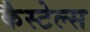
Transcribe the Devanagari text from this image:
कैस्टेल्स